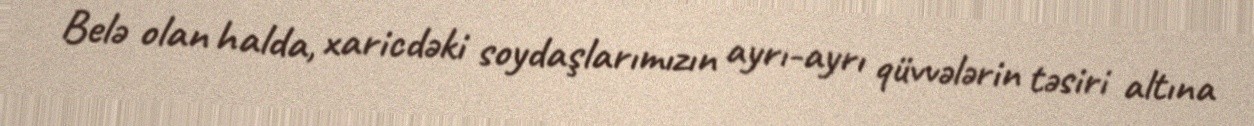
Belə olan halda, xaricdəki soydaşlarımızın ayrı-ayrı qüvvələrin təsiri altına